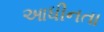
આધીનતા